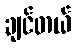
ချင်တယ်